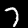
Digit: 7